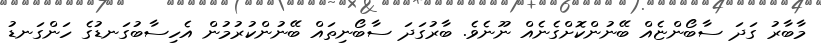
މާބާރު ގަދަ ސާބޯންޏެއް ބޭނުންކޮށްގެނެއް ނޫނެވެ. ބާރުގަދަ ސާބޯނިތައް ބޭނުންކުރުމުން އެހިސާބުގަނޑުގެ ހަންގަނޑު